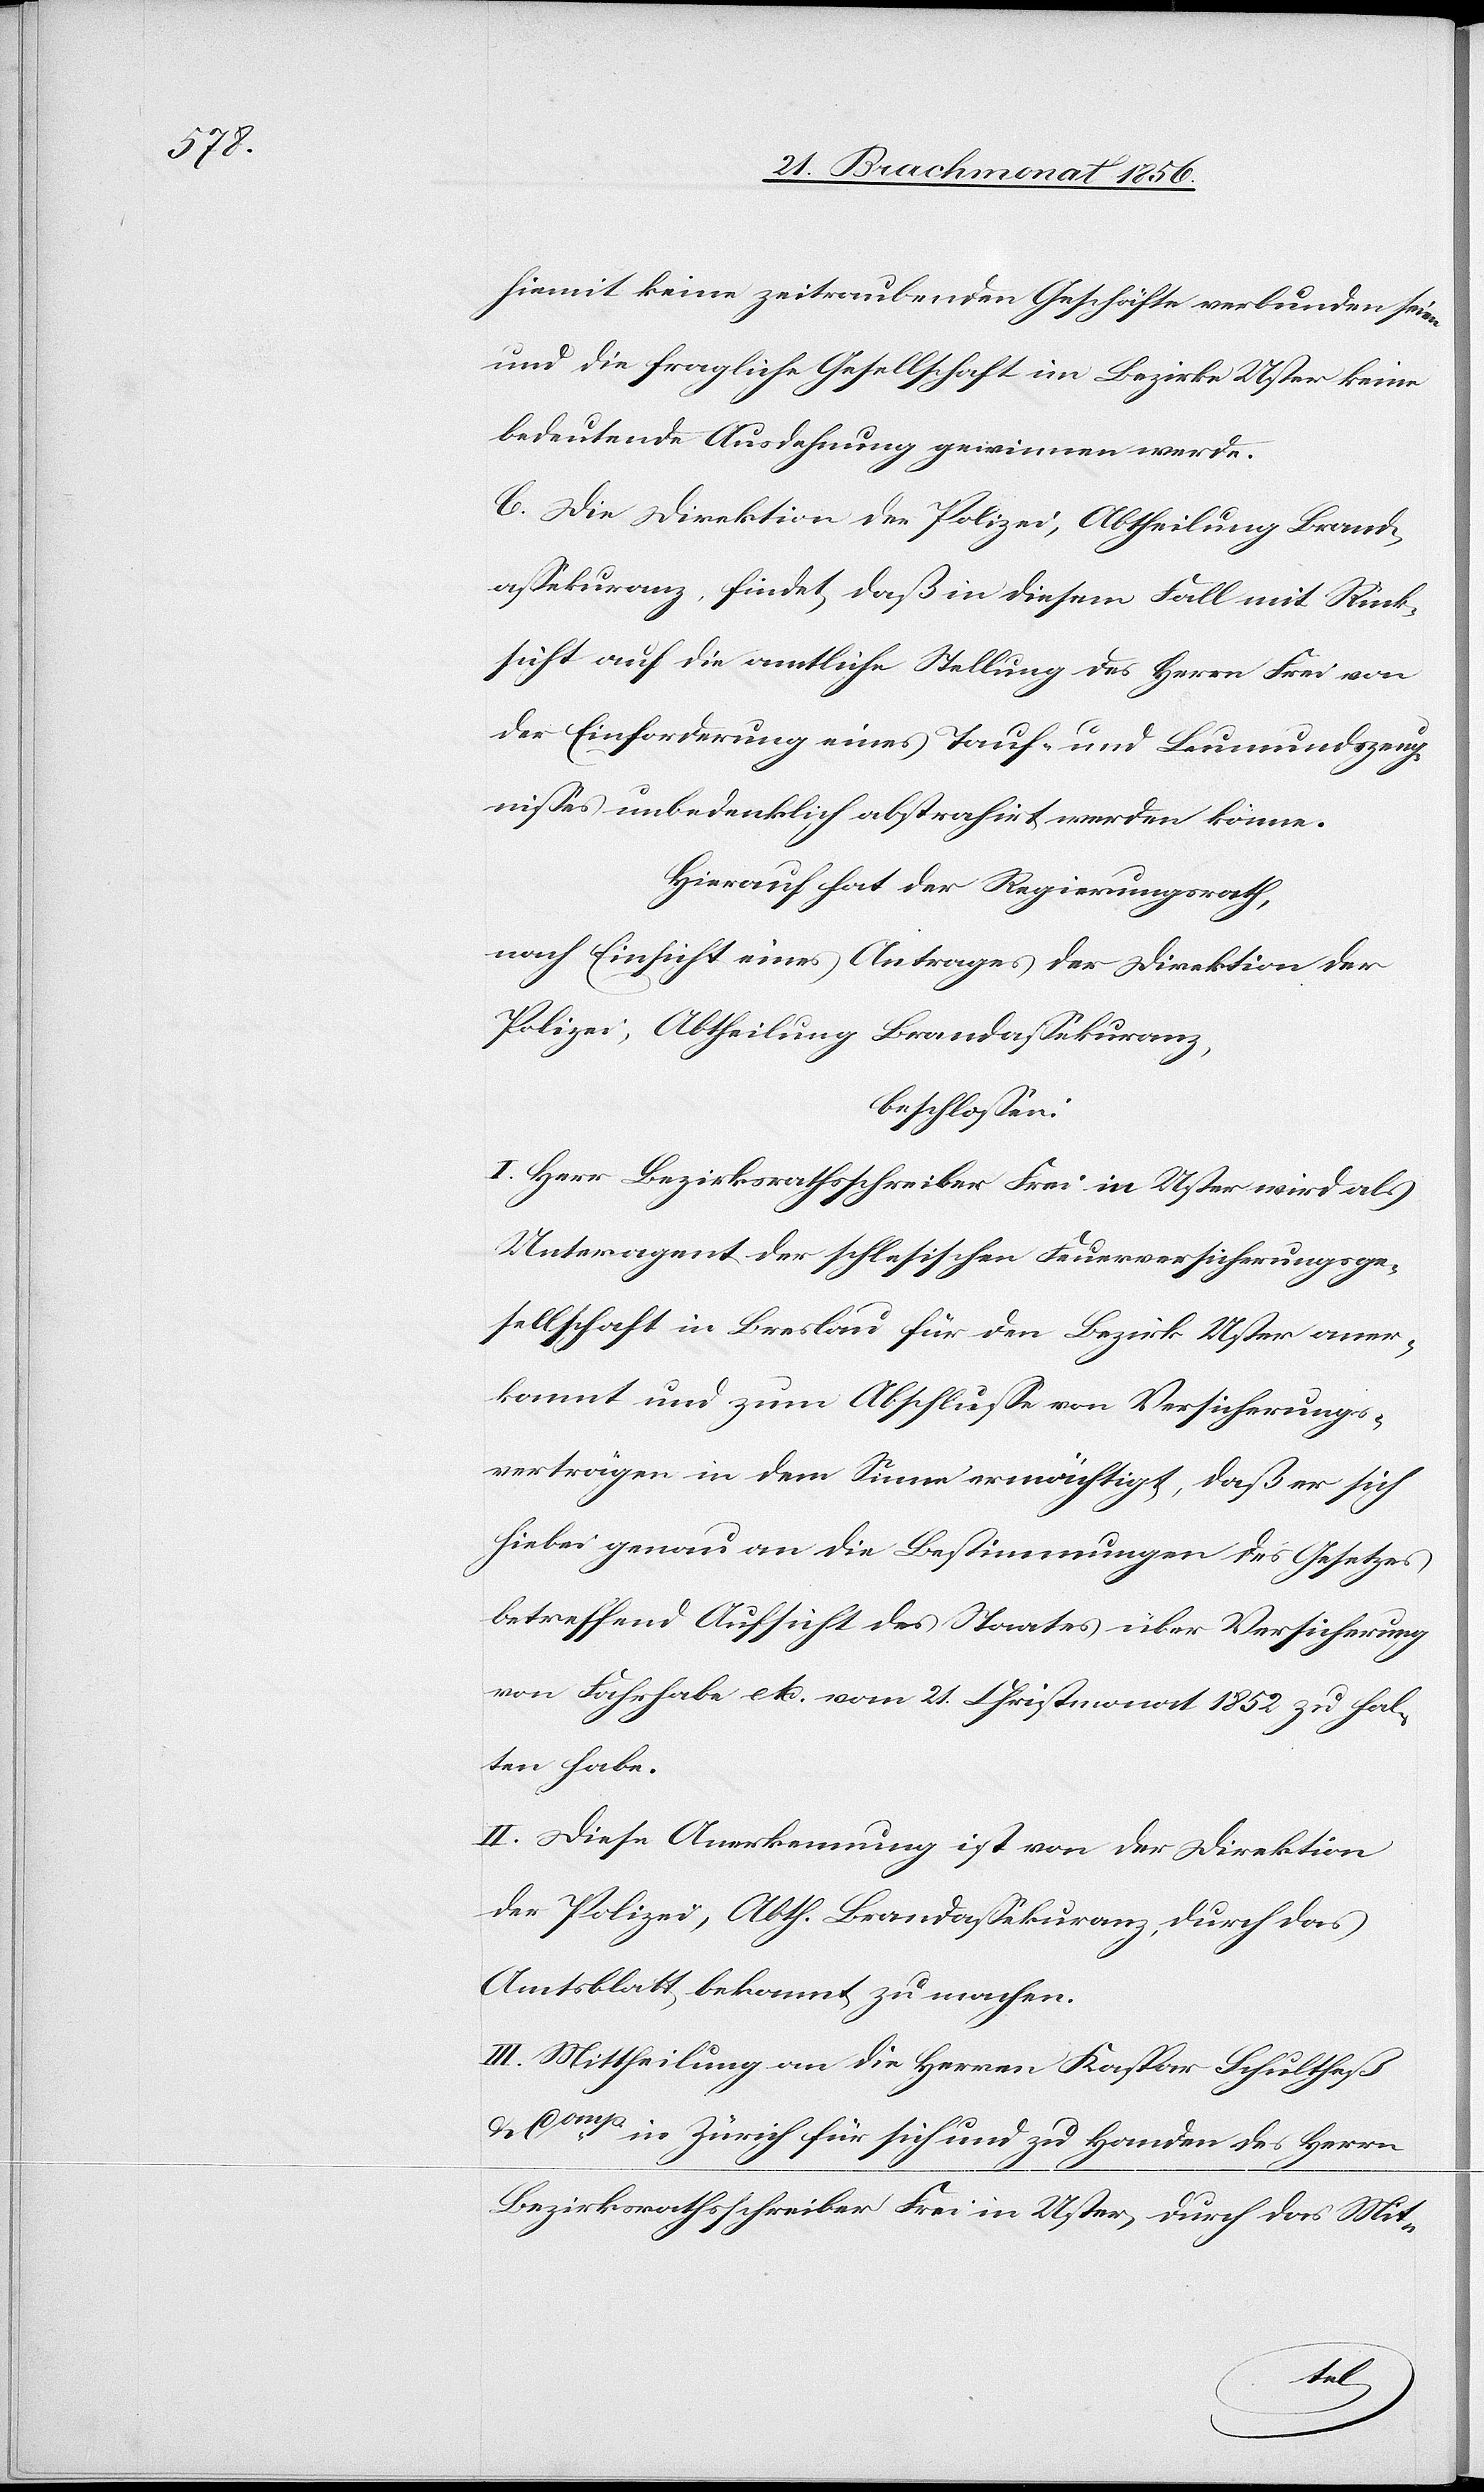
hiemit keine zeitraubenden Geschäfte verbunden seien
und die fragliche Gesellschaft im Bezirke Uster keine
bedeutende Ausdehnung gewinnen werde.
C. Die Direktion der Polizei, Abtheilung Brand¬
assekuranz, findet, daß in diesem Fall mit Rück¬
sicht auf die amtliche Stellung des Herrn Frei von
der Einforderung eines Tauf- und Leumundszeug¬
nisses unbedenklich abstrahirt werden könne.
Hierauf hat der Regierungsrath,
nach Einsicht eines Antrages der Direktion der
Polizei, Abtheilung Brandassekuranz,
beschlossen:
I. Herr Bezirksrathsschreiber Frei in Uster wird als
Unteragent der schlesischen Feuerversicherungsge¬
sellschaft in Breslau für den Bezirk Uster aner¬
kannt und zum Abschlusse von Versicherungs¬
verträgen in dem Sinne ermächtigt, daß er sich
hiebei genau an die Bestimmungen des Gesetzes
betreffend Aufsicht des Staates über Versicherung
von Fahrhabe etc. vom 21. Christmonat 1852 zu hal¬
ten habe.
II. Diese Anerkennung ist von der Direktion
der Polizei, Abth. Brandassekuranz, durch das
Amtsblatt bekannt zu machen.
III. Mittheilung an die Herren Kaspar Schultheß
& Comp in Zürich für sich und zu Handen des Herrn
Bezirksrathsschreiber Frei in Uster, durch das Mit-